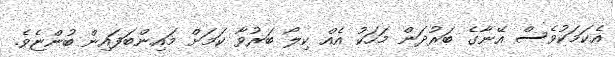
އެކަމަކުވެސް އޭނާގެ ބަރުދަން މަހަކު އެއް ކިލޯ ބަރުވާ ކަމަށް މައިންބަފައިން ބުންޏެވެ.